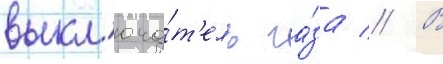
выкл'юча́т'ель га́за // В